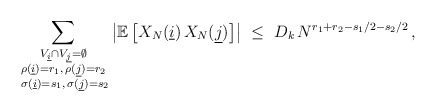
\begin{align*}\sum_{\substack{ V_{\underline{i}} \cap V_{\underline{j}} = \emptyset \\ \rho(\underline{i})= r_1 , \, \rho(\underline{j}) =r_2 \\ \; \sigma(\underline{i}) = s_1 , \, \sigma(\underline{j}) = s_2 }}\left| \mathbb{E}\left[ X_N(\underline{i}) \, X_N(\underline{j}) \right]\right| \ \leq \ D_k \, N^{r_1+r_2- s_1/2- s_2/2} \, ,\end{align*}